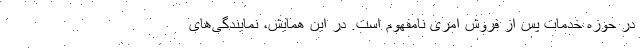
در حوزه خدمات پس از فروش امری نامفهوم است. در این همایش، نمایندگی‌های